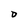
Character: O